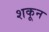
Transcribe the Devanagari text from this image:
शकून